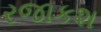
રજાકશ